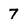
Character: 7